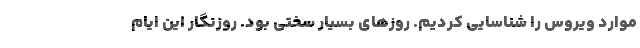
موارد ویروس را شناسایی کردیم. روزهای بسیار سختی بود. روزنگار این ایام